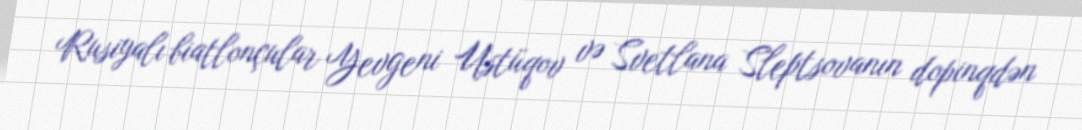
Rusiyalı biatlonçular Yevgeni Ustüqov və Svetlana Sleptsovanın dopinqdən